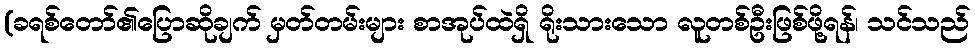
(ခရစ်တော်၏ပြောဆိုချက် မှတ်တမ်းများ စာအုပ်ထဲရှိ ရိုးသားသော လူတစ်ဦးဖြစ်ဖို့ရန်၊ သင်သည်